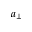
a _ { \perp }